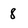
Character: 8